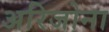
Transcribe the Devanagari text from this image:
अरिजोना